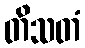
တိသတံ